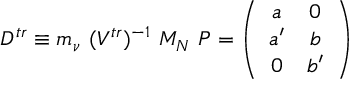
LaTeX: D ^ { t r } \equiv m _ { \nu } \ ( V ^ { t r } ) ^ { - 1 } \ M _ { N } \ { \cal P } = \left( \begin{array} { c c } { { a } } & { { 0 } } \\ { { a ^ { \prime } } } & { { b } } \\ { { 0 } } & { { b ^ { \prime } } } \end{array} \right)